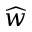
\widehat { \* w }